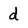
Character: d